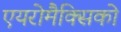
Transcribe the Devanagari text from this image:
एयरोमैक्सिको